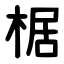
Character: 椐